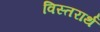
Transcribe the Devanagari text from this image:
विस्तरार्थ